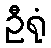
ဦရုံ